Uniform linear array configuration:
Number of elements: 16
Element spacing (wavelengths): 0.75
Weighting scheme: hamming
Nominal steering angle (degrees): -60
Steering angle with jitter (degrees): -58.857
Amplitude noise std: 0.05
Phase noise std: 0.05

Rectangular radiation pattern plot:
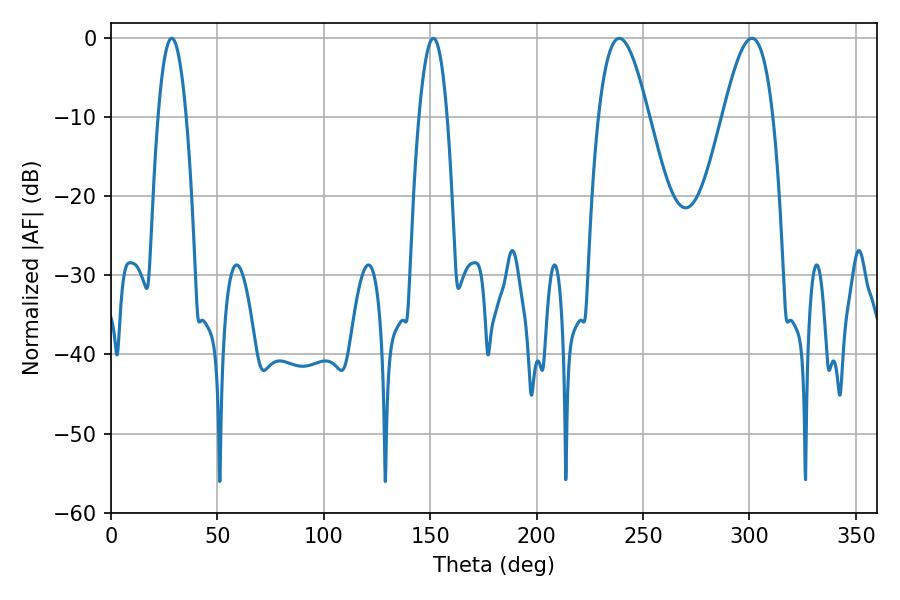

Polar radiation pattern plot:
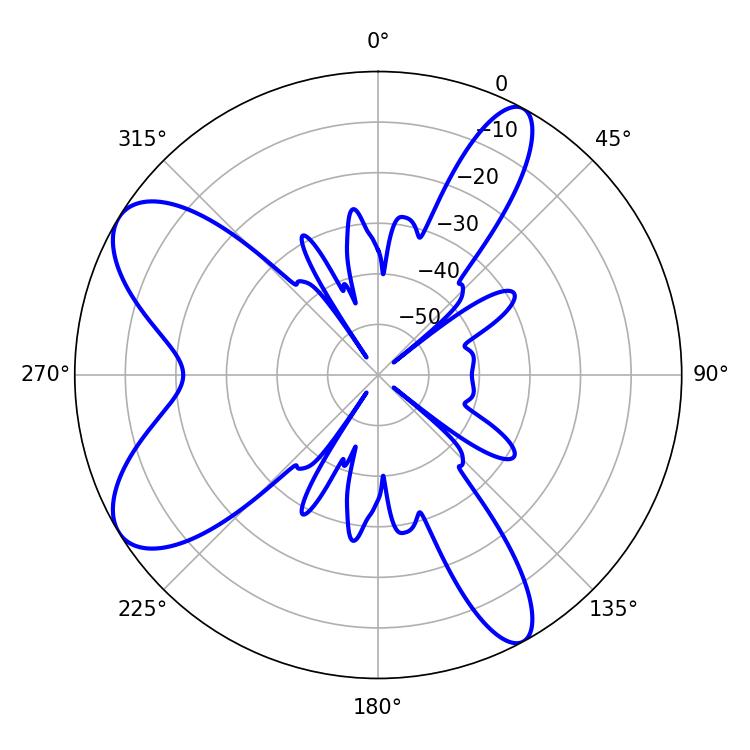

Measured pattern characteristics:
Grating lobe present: TRUE
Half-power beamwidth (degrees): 12.78
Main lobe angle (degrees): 238.86